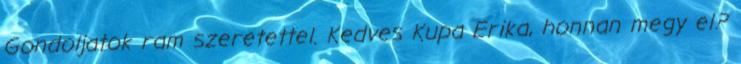
Gondoljatok ram szeretettel. Kedves Kupa Erika, honnan megy el?